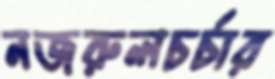
নজরুলচর্চার